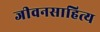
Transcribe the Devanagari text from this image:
जीवनसाहित्य